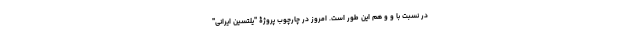
در نسبت با و و هم این طور است. امروز در چارچوب پروژۀ "یلتسین ایرانی"